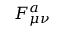
F _ { \mu \nu } ^ { a }